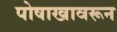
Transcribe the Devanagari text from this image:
पोषाखावरून